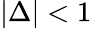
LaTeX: |\Delta|<1